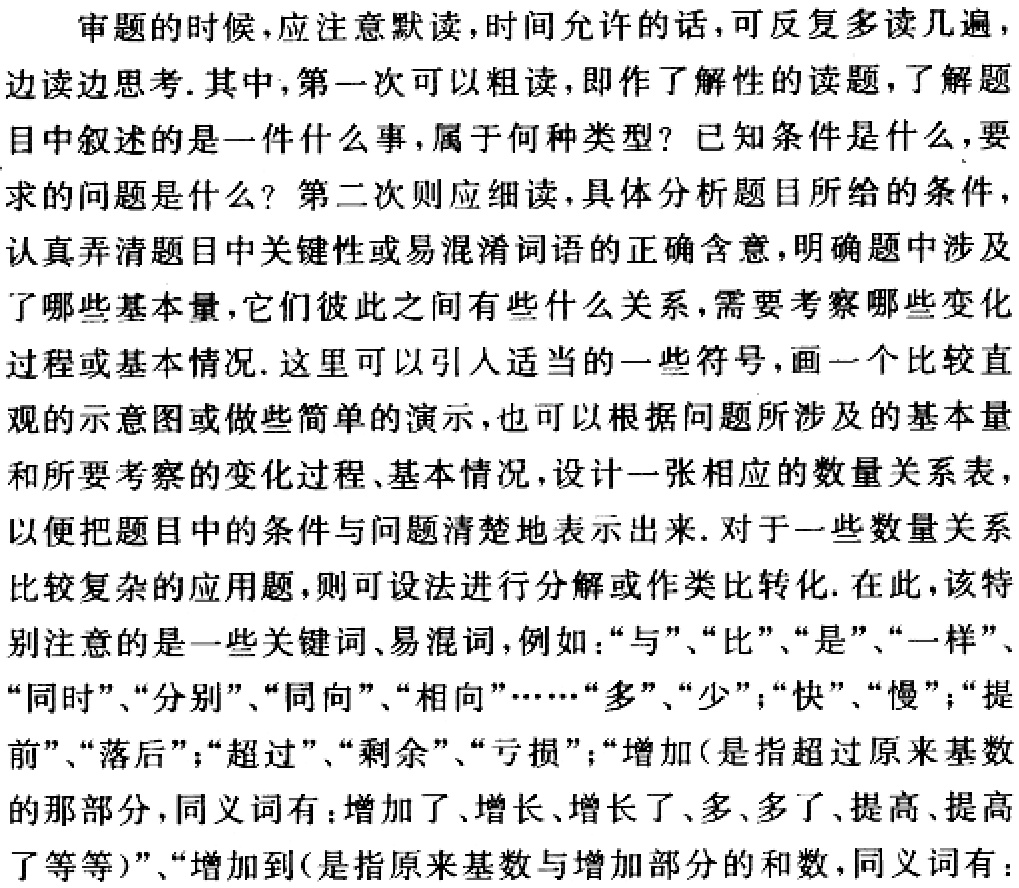
审题的时候，应注意默读，时间允许的话，可反复多读几遍，边读边思考.其中，第一次可以粗读，即作了解性的读题，了解题目中叙述的是一件什么事，属于何种类型？已知条件是什么，要求的问题是什么？第二次则应细读，具体分析题目所给的条件，认真弄清题目中关键性或易混淆词语的正确含意，明确题中涉及了哪些基本量，它们彼此之间有些什么关系，需要考察哪些变化过程或基本情况.这里可以引人适当的一些符号，画一个比较直观的示意图或做些简单的演示，也可以根据问题所涉及的基本量和所要考察的变化过程、基本情况，设计一张相应的数量关系表，以便把题目中的条件与问题清楚地表示出来.对于一些数量关系比较复杂的应用题，则可设法进行分解或作类比转化.在此，该特别注意的是一些关键词、易混词，例如：“与”、“比”、“是”、“一样”、“同时”、“分别”、“同向”、“相向”……“多”、“少”；“快”、“慢”；“提前”、“落后”；“超过”、“剩余”、“亏损”；“增加（是指超过原来基数的那部分，同义词有：增加了、增长、增长了、多、多了、提高、提高了等等）”、“增加到（是指原来基数与增加部分的和数，同义词有：